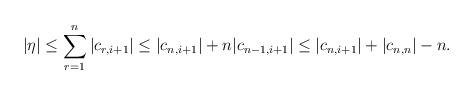
LaTeX: \begin{align*}|\eta|\leq \sum_{r=1}^n |c_{r,i+1}|\leq |c_{n,i+1}|+ n |c_{n-1,i+1}|\leq |c_{n,i+1}|+|c_{n,n}|-n.\end{align*}